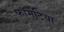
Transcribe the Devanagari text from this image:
फॉर्मेटिया